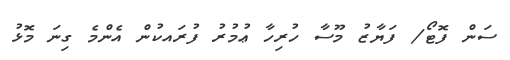
ސަން ފޮޓޯ/ ފަޔާޒު މޫސާ ހުރިހާ ޢުމުރު ފުރައކުން އެންމެ ގިނަ މޮޅު